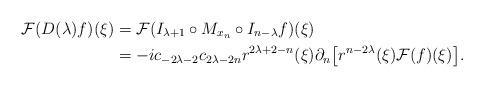
LaTeX: \begin{align*} \mathcal{F}(D(\lambda)f)(\xi)&=\mathcal{F}(I_{\lambda+1}\circ M_{x_n}\circ I_{n-\lambda}f)(\xi)\\ &=-i c_{-2\lambda-2}c_{2\lambda-2n}r^{2\lambda+2-n}(\xi)\partial_n\big[r^{n-2\lambda}(\xi)\mathcal{F}(f)(\xi) \big]. \end{align*}